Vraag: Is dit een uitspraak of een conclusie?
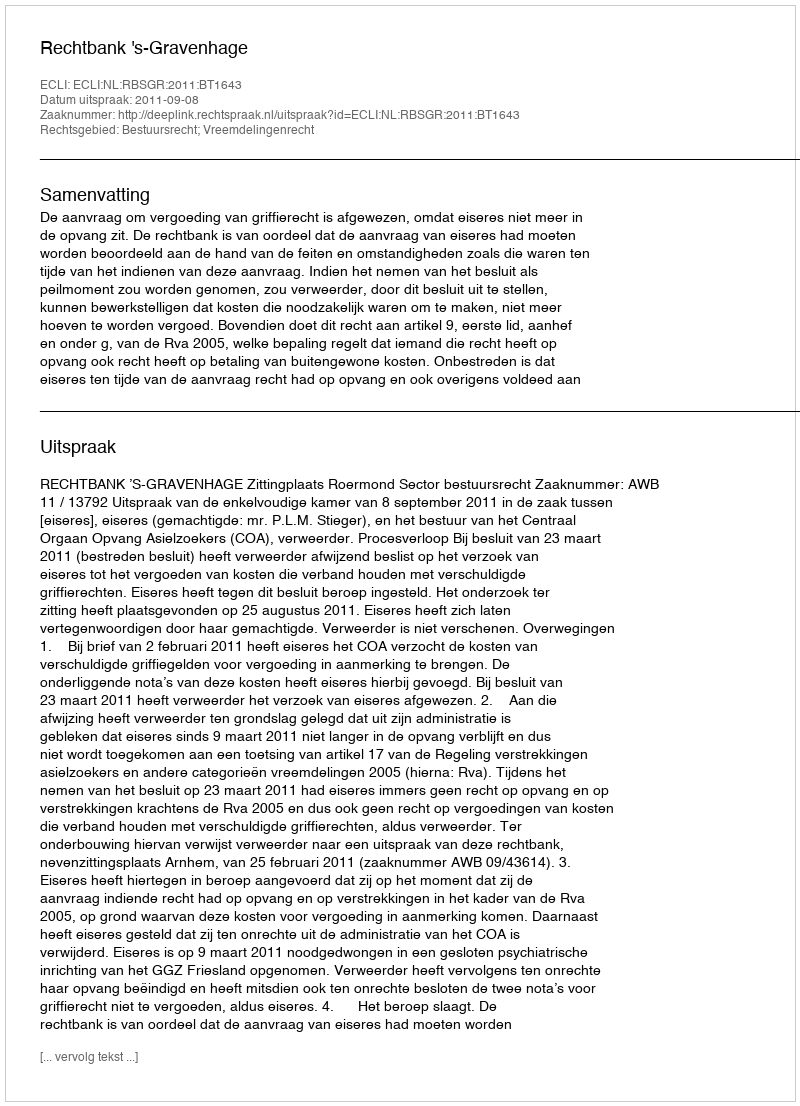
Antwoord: Uitspraak